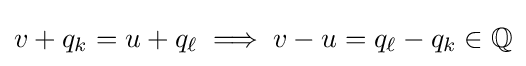
v+q_{k}=u+q_{\ell }\implies v-u=q_{\ell }-q_{k}\in \mathbb {Q}